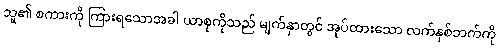
သူ၏ စကားကို ကြားရသောအခါ ယာစုကိုသည် မျက်နှာတွင် အုပ်ထားသော လက်နှစ်ဘက်ကို